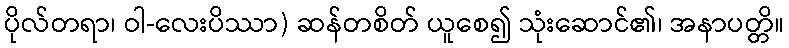
ပိုလ်တရာ၊ ဝါ-လေးပိဿာ) ဆန်တစိတ် ယူစေ၍ သုံးဆောင်၏၊ အနာပတ္တိ။